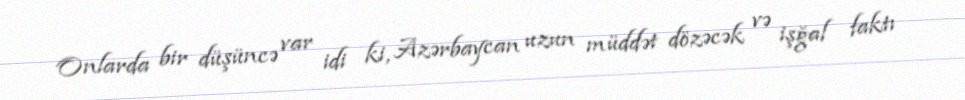
Onlarda bir düşüncə var idi ki, Azərbaycan uzun müddət dözəcək və işğal faktı